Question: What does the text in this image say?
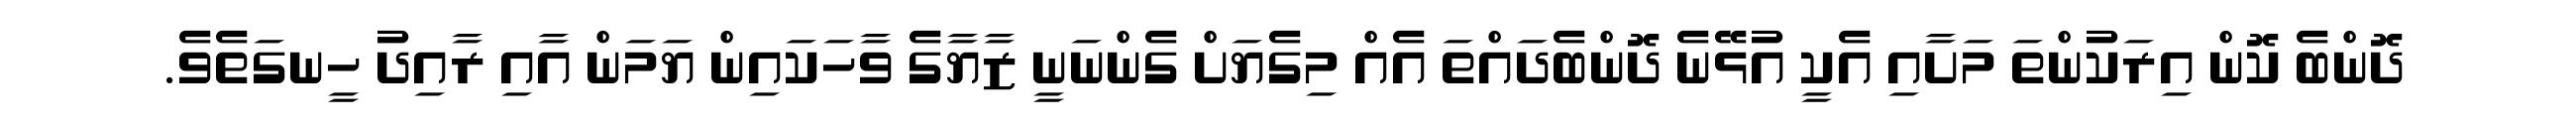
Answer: ދޮންބެ ކޮން އިރަކުންތަ މަށާއި އެކީ އުޅޭނެ ދޮންބެދައްތަ އެއް މިގެޔަށް ގެންނަނީ ޒާޔާގެ ވާހަކައިން ޔަމަން އާއި ރާއިދު ހީނގަތެވެ.